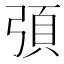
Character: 𭚻